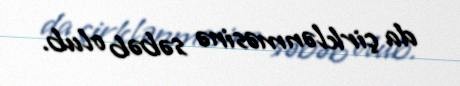
da çirklənməsinə səbəb olub.